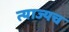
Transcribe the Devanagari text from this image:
त्याज्यच